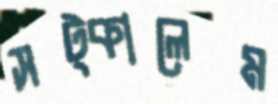
সট্‌কালেম